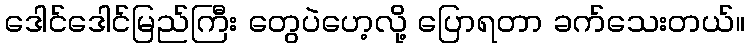
ဒေါင်ဒေါင်မြည်ကြီး တွေပဲဟေ့လို့ ပြောရတာ ခက်သေးတယ်။